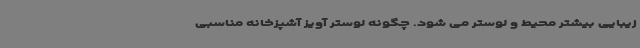
زیبایی بیشتر محیط و لوستر می شود. چگونه لوستر آویز آشپزخانه مناسبی